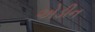
એડીન